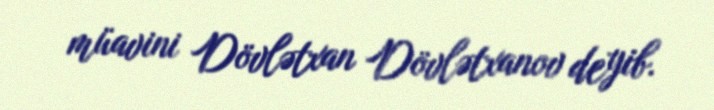
müavini Dövlətxan Dövlətxanov deyib.